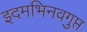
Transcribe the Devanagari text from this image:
इदमभिनवगुप्त